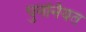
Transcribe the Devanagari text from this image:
पुनर्नियत